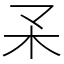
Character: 𣎼